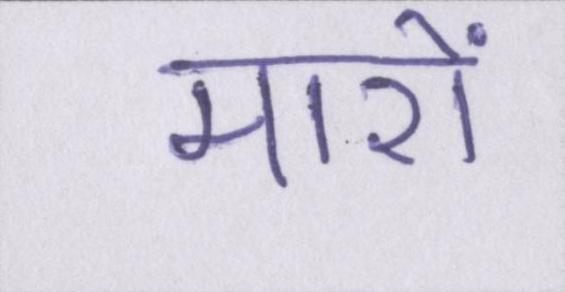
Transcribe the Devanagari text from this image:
मारों